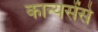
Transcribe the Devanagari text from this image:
कान्यसेंसे